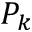
P _ { k }